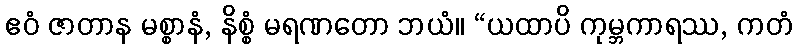
ဧဝံ ဇာတာန မစ္စာနံ, နိစ္စံ မရဏတော ဘယံ။ “ယထာပိ ကုမ္ဘကာရဿ, ကတံ